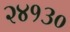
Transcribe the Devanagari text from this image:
२४१३०